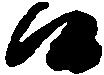
候